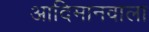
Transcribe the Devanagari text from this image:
आदिमानवाला